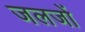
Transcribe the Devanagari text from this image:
जलजों